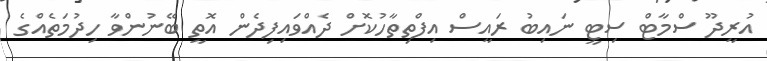
އުރީދޫ ސްމާޓް ސިޓީ ނައިބު ރައީސް އިފްތިތާހުކޮށް ދެއްވައިފިދެން އޮތީ ބޭނުންވާ ހިދުމަތެއްގެ